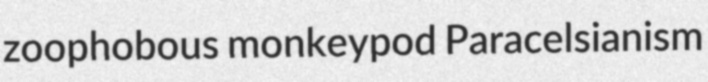
zoophobous monkeypod Paracelsianism